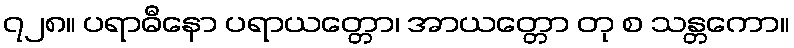
၇၂၈။ ပရာဓီနော ပရာယတ္တော၊ အာယတ္တော တု စ သန္တကော။